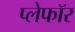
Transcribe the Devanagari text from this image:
प्लेफॉर